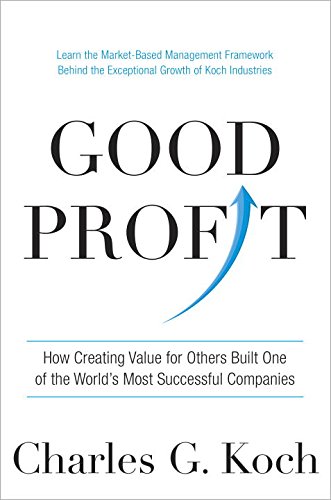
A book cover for Good Profit: How Creating Value for Others Built One of the World's Most Successful Companies; Charles G. Koch; Business & Money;